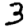
Digit: 3